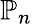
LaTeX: \mathbb{P}_{n}